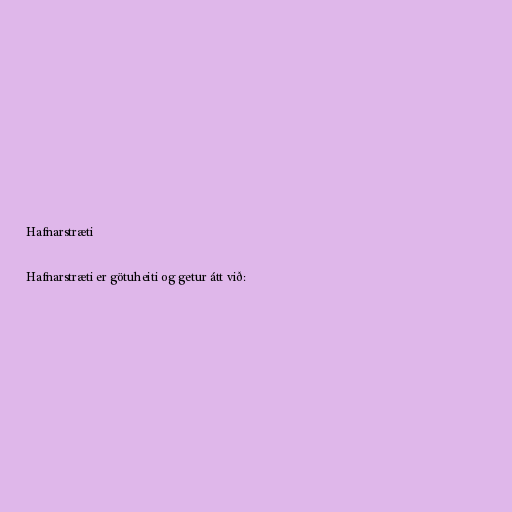
Hafnarstræti

Hafnarstræti er götuheiti og getur átt við: